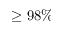
\geq 9 8 \%